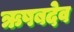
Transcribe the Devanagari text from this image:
ऋषबदेव